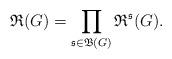
LaTeX: \begin{align*}\mathfrak R(G)=\prod_{\mathfrak s\in \mathfrak B(G)}\mathfrak R^{\mathfrak s}(G).\end{align*}